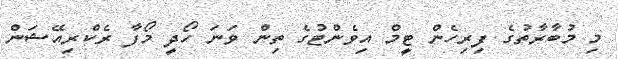
މި މުބާރާތުގެ ފިރިހެން ޓީމް އިވެންޓުގެ ތިން ވަނަ ހޯދީ މޯފާ ރެކްރިއޭޝަން